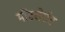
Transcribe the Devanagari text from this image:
मौंटसेर्राट